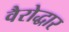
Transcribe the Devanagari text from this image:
वैरोद्धार